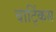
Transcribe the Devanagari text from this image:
वाट्किंस